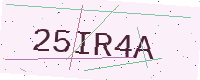
Text: 25IR4A